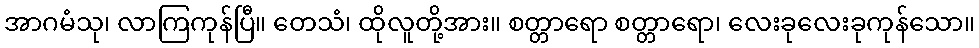
အာဂမံသု၊ လာကြကုန်ပြီ။ တေသံ၊ ထိုလူတို့အား။ စတ္တာရော စတ္တာရော၊ လေးခုလေးခုကုန်သော။